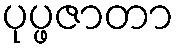
ပုပ္ဖဇာတာ